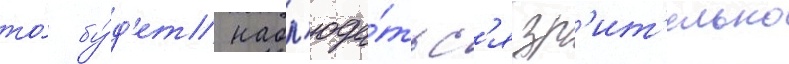
то́ бу́д'ет набл'юда́тьс'я зр'ит'ельно